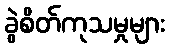
ခွဲစိတ်ကုသမှုများ